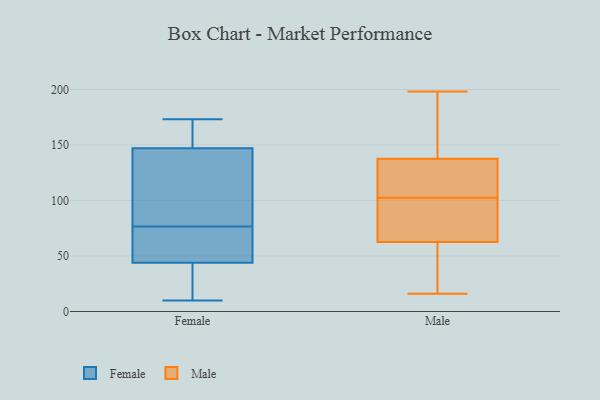
{"axis": {"x": "Temperature (°C)", "y": "Value"}, "legend": ["Female", "Male"], "data": [{"x": "", "y": 173, "type": "Female"}, {"x": "", "y": 28, "type": "Female"}, {"x": "", "y": 44, "type": "Female"}, {"x": "", "y": 10, "type": "Female"}, {"x": "", "y": 99, "type": "Female"}, {"x": "", "y": 159, "type": "Female"}, {"x": "", "y": 51, "type": "Female"}, {"x": "", "y": 147, "type": "Female"}, {"x": "", "y": 153, "type": "Female"}, {"x": "", "y": 70, "type": "Female"}, {"x": "", "y": 83, "type": "Female"}, {"x": "", "y": 45, "type": "Female"}, {"x": "", "y": 13, "type": "Female"}, {"x": "", "y": 85, "type": "Female"}, {"x": "", "y": 92, "type": "Male"}, {"x": "", "y": 48, "type": "Male"}, {"x": "", "y": 140, "type": "Male"}, {"x": "", "y": 76, "type": "Male"}, {"x": "", "y": 16, "type": "Male"}, {"x": "", "y": 31, "type": "Male"}, {"x": "", "y": 112, "type": "Male"}, {"x": "", "y": 121, "type": "Male"}, {"x": "", "y": 108, "type": "Male"}, {"x": "", "y": 58, "type": "Male"}, {"x": "", "y": 135, "type": "Male"}, {"x": "", "y": 149, "type": "Male"}, {"x": "", "y": 155, "type": "Male"}, {"x": "", "y": 198, "type": "Male"}, {"x": "", "y": 97, "type": "Male"}, {"x": "", "y": 140, "type": "Male"}, {"x": "", "y": 81, "type": "Male"}, {"x": "", "y": 67, "type": "Male"}, {"x": "", "y": 43, "type": "Male"}, {"x": "", "y": 132, "type": "Male"}]}